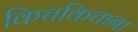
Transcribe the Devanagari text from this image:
किचकिचाना